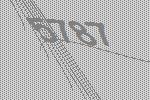
5787